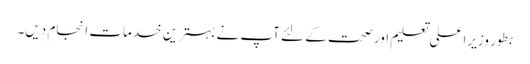
بطور وزیراعلی تعلیم اور صحت کے لئے آپ نے بہترین خدمات انجام دیں۔